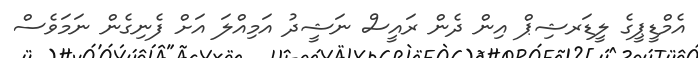
އެމްޑީޕީގެ ލީޑަރޝިޕް އިން ދެން ރައީސް ނަޝީދު އަމިއްލަ އަށް ފެނިގެން ނަމަވެސް